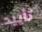
تأييد